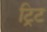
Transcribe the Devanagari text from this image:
ट्रिट